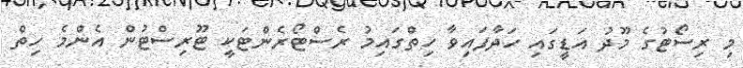
މި ރިސޯޓުގެ މޫދު އަޑީގައި ހަދާފައިވާ ހިތްގައިމު ރެސްޓޯރެންޓަކީ ޓޫރިސްޓުން އެންމެ ހިތް